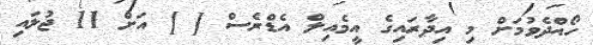
ހޯއްދެވުމަށް މި އިދާރައިގެ އީމެއިލް އެޑްރެސް [ ] އަށް 11 ޖުލައި